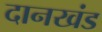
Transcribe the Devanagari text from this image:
दानखंड